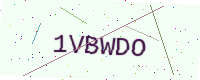
Text: 1VBWDO